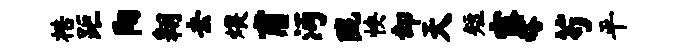
梏距阳翱去煨甫沔陇怏却天短露嗒芍平